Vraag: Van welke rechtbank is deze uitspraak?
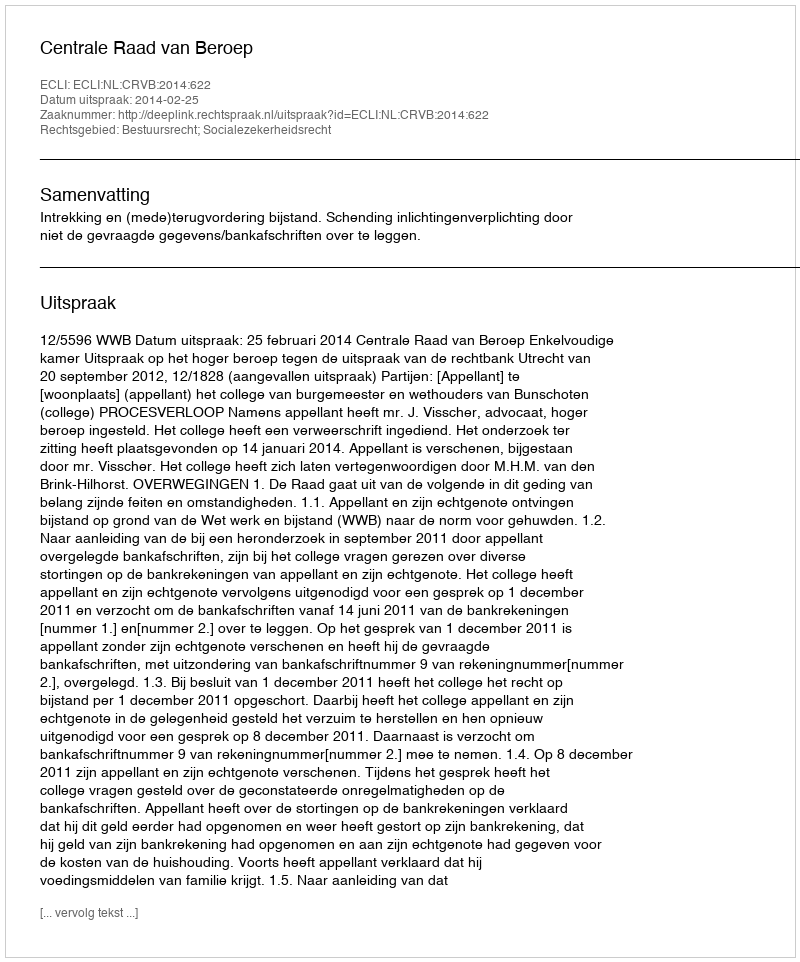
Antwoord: Centrale Raad van Beroep